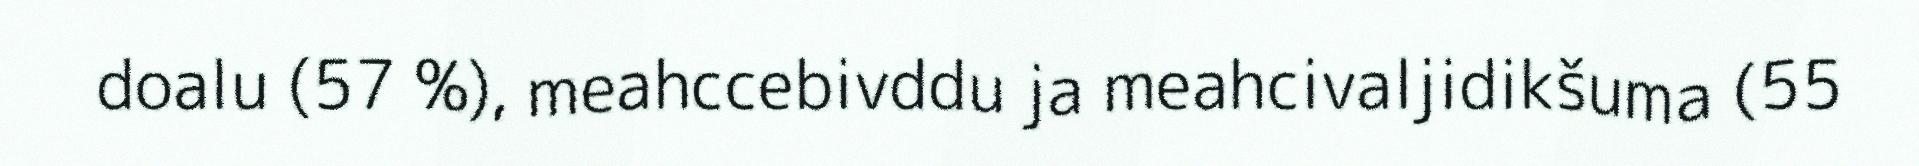
doalu (57 %), meahccebivddu ja meahcivaljidikšuma (55